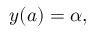
y ( a ) = \alpha ,